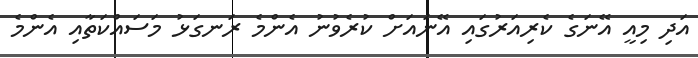
އަދި މިއީ އޭނަގެ ކެރިއަރުގައި އޭނައަށް ކުރެވުނު އެންމެ ރަނގަޅު މަސައްކަތާއި އެންމެ